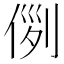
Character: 𠊖